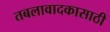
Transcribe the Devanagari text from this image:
तबलावादकासाठी